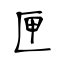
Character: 匣